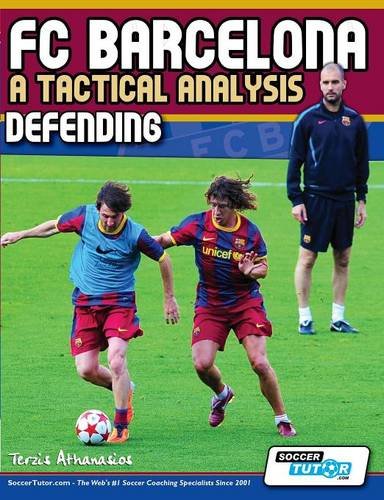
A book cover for FC Barcelona - A Tactical Analysis: Defending; Terzis Athanasios; Sports & Outdoors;